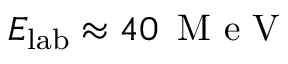
E _ { \mathrm { l a b } } \approx 4 0 \, \mathrm { ~ M ~ e ~ V ~ }